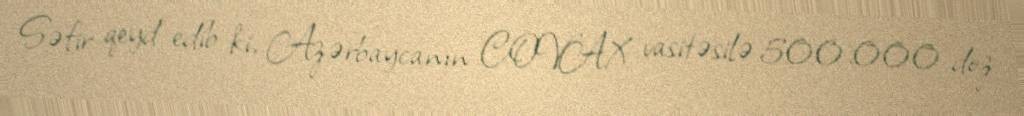
Səfir qeyd edib ki, Azərbaycanın COVAX vasitəsilə 500.000 doz